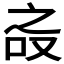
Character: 𰇝